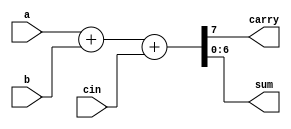
module full_adder (
    a,
    b,
    cin,
    carry,
    sum
);

  parameter adder_size = 7;  //sets a constant

  input [adder_size-1:0] a;
  /*
    (adder_size - 1) is used because for an 8-bit adder, the notation will have to be [7:0].
    */
  input [adder_size-1:0] b;
  input cin;
  output carry;
  output [adder_size-1:0] sum;

  assign {carry, sum} = a + b + cin;

endmodule

module testbench;

  parameter adder_size = 7;

  reg [adder_size-1:0] a, b;
  reg cin;
  wire carry;
  wire [adder_size-1:0] sum;

  initial begin
    a   = 10;
    b   = 9;
    cin = 0;

    #5 $display("a = %d, b = %d, cin = %d; \ncarry = %d, sum = %d", a, b, cin, carry, sum);

    #2 $finish;
  end

  full_adder adder1 (
      a,
      b,
      cin,
      carry,
      sum
  );


endmodule